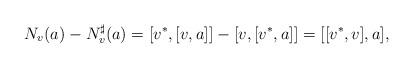
LaTeX: \begin{gather*}N_v(a)-N_v^\sharp(a)=[v^*, [v,a]]-[v, [v^*, a]]=[[v^*,v],a],\end{gather*}